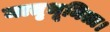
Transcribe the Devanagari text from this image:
मातृभूमिला।